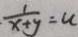
\frac { 1 } { x + y } = u